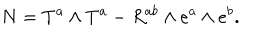
N = T ^ { a } \wedge T ^ { a } - R ^ { a b } \wedge e ^ { a } \wedge e ^ { b } .